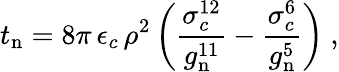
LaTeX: \displaystyle t_{\mathrm{n}}=\displaystyle 8\pi\, \epsilon_{c}\, \rho^{2}\left(\frac{\sigma_{c}^{12}}{g_{\mathrm{n}}^{11}}-\frac{\sigma_{c}^{6}}{g_{\mathrm{n}}^{5}}\right)~,